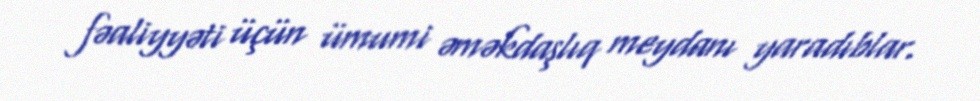
fəaliyyəti üçün ümumi əməkdaşlıq meydanı yaradıblar.